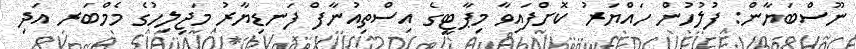
ނޫސްބަޔާން: ފުލުހުން ހައްޔަރު ކޮށްފައިވާ މިޕާޓީގެ އިސްތިއުނާފް ފަނޑިޔާރު މަޖިލިހުގެ މެމްބަރ އަދި